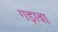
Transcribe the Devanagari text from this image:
गड़ाबा